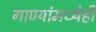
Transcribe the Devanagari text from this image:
गाण्यांमध्येही